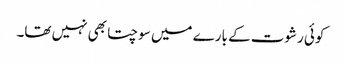
کوئی رشوت کے بارے میں سوچتا بھی نہیں تھا۔